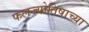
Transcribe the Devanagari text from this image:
फलज्योतिषाच्या